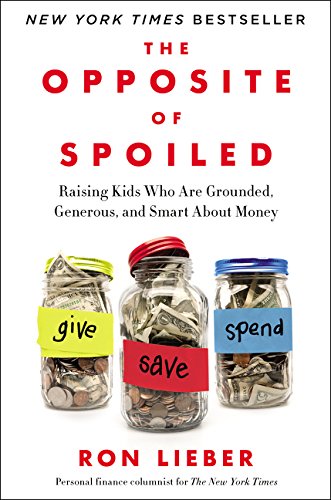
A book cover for The Opposite of Spoiled: Raising Kids Who Are Grounded, Generous, and Smart About Money; Ron Lieber; Parenting & Relationships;